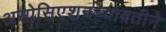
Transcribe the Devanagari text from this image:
असोसिएशनच्यावतीने